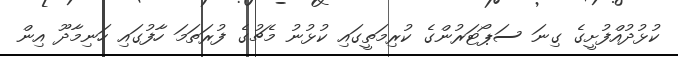
ކުޅުދުއްފުށީގެ ގިނަ ސަޕޯޓަރުންގެ ކުރިމަތީގައި ކުޅުނު މެޗުގެ ފުރަތަމަ ހާފުގައި ހަނިމާދޫ އިން